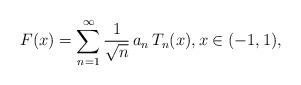
LaTeX: \begin{align*}F(x) = \sum_{n=1}^{\infty}\frac{1}{\sqrt{n}}\, a_{n}\, T_{n}(x), x \in (-1,1),\end{align*}